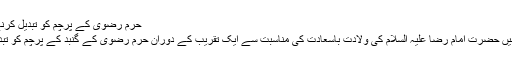
حرم رضوی کے پرچم کو تبدیل کرنے کی تقریب
مشہد مقدس ميں حضرت امام رضا علیہ السلام کی ولادت باسعادت کی مناسبت سے ایک تقریب کے دوران حرم رضوی کے گنبد کے پرچم کو تبدیل کردیا گیا۔